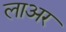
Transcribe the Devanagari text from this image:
लाअर